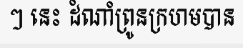
ៗ នេះ ដំណាំព្រូនក្រហមបាន